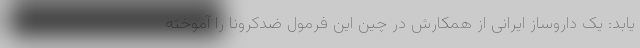
یابد: یک داروساز ایرانی از همکارش در چین این فرمول ضدکرونا را آموخته